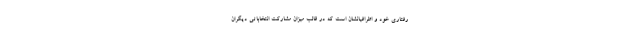
رفتاری خود و اطرافیانشان است که در قالب میزان مشارکت انتخاباتی دیگران